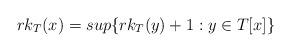
LaTeX: \begin{align*}rk_T(x) = sup\{rk_T(y)+1: y \in T[x]\}\end{align*}